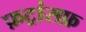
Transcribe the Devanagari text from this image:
फ़ट्रांसफ़